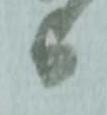
与